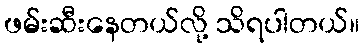
ဖမ်းဆီးနေတယ်လို့ သိရပါတယ်။